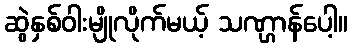
ဆွဲနှစ်ဝါးမျိုလိုက်မယ့် သဏ္ဌာန်ပေါ့။